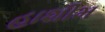
હાશીમ